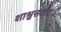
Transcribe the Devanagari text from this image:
शाश्वत्तवाद